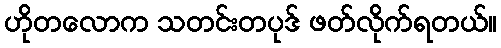
ဟိုတလောက သတင်းတပုဒ် ဖတ်လိုက်ရတယ်။